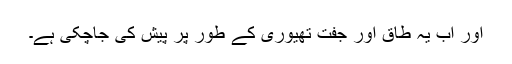
اور اب یہ طاق اور جفت تھیوری کے طور پر پیش کی جاچکی ہے۔